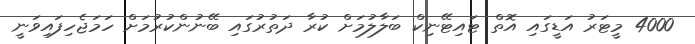
4000 މީޓަރު އަޑީގައި އޮތް ޓައިޓޭނިކް ބަލާލުމަށް ކުރާ ދަތުރުގައި ބޭނުންކުރުމަށް ހަމަޖެހިފައިވަނީ